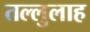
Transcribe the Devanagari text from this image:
तल्लुलाह